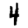
Digit: 4